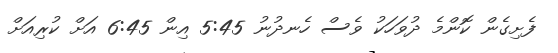
ފެށިގެން ކޮންމެ ދުވަހަކު ވެސް ހެނދުނު 5:45 އިން 6:45 އަށް ކުރިއަށް